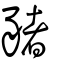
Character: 豬